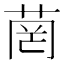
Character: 菵